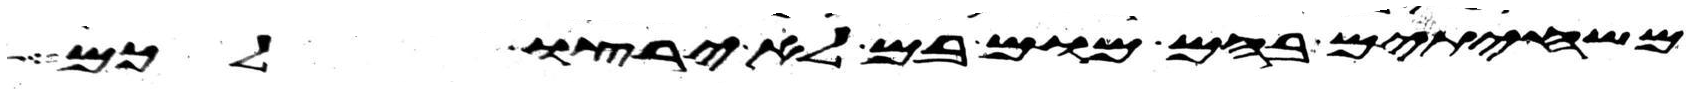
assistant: משחיתים בהם מום בם לא ירצו לכם